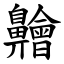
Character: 䶐